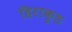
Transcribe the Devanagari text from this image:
हिराकुड